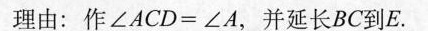
理由：作 $$ ∠ ACD = ∠ A $$ ，并延长BC到E。